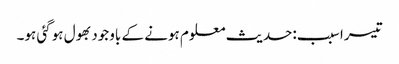
تیسرا سبب:حدیث معلوم ہونے کے باوجود بھول ہوگئی ہو۔